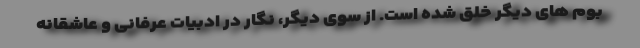
بوم های دیگر خلق شده است. از سوی دیگر، نگار در ادبیات عرفانی و عاشقانه